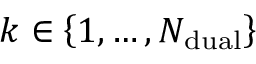
k \in \left\lbrace 1 , \dots , N _ { \mathrm { d u a l } } \right\rbrace